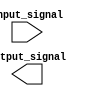
module io_buffer (
    input wire [7:0] input_signal,
    output wire [7:0] output_signal
);

    // LVCMOS buffer implementation goes here

endmodule